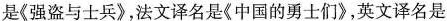
是《强盗与士兵》，法文译名是《中国的勇士们》，英文译名是